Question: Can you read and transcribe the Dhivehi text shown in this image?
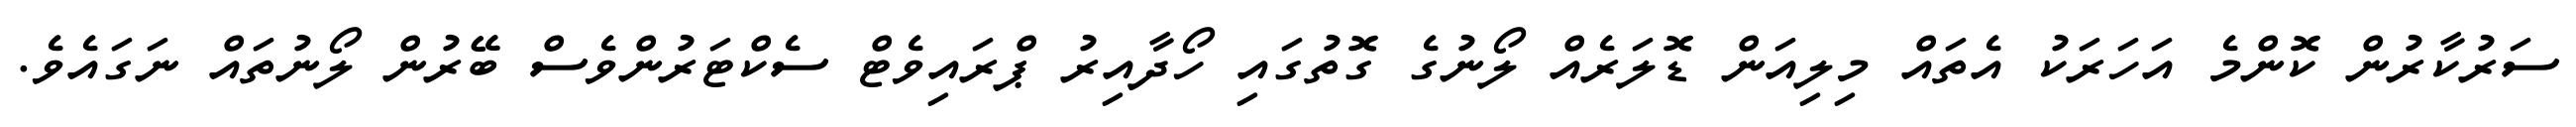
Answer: ސަރުކާރުން ކޮންމެ އަހަރަކު އެތައް މިލިއަން ޑޮލަރެއް ލޯނުގެ ގޮތުގައި ހޯދާއިރު ޕްރައިވެޓް ސެކްޓަރުންވެސް ބޭރުން ލޯނުތައް ނަގައެވެ.